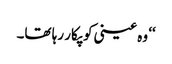
‘‘ وہ عینی کو پکار رہا تھا۔